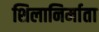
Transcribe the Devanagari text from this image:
शिलानिर्माता